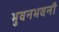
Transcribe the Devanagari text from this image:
भुवनभवनौ